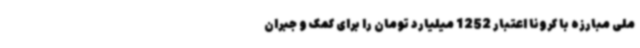
ملی مبارزه با کرونا اعتبار 1252 میلیارد تومان را برای کمک و جبران